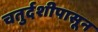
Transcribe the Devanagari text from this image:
चतुर्दशीपासून